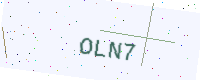
Text: OLN7